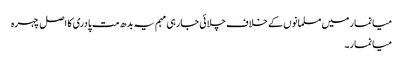
میانمار میں مسلمانوں کے خلاف چلائی جارہی مہم یہ بدھ مت پادری کا اصل چہرہ
میانمار۔